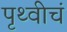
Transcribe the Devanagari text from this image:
पृथ्वीचं